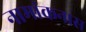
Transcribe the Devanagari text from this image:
नामांकनास